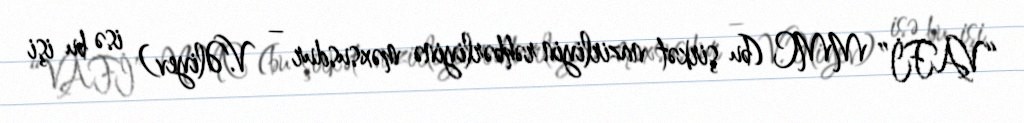
“VAFİ” MMC (bu şirkət nazirliyin rəhbərliyinə məxsusdur – V.Əliyev) isə bu işi